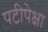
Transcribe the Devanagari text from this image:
पटीपेक्षा